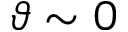
\vartheta \sim 0